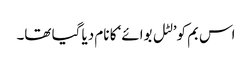
اس بم کو’لٹل بوائے‘ کا نام دیا گیا تھا۔